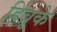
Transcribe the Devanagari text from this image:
हिब्रूके